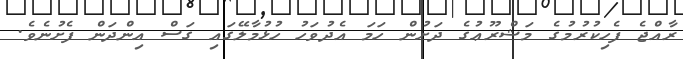
ރާއްޖެ ފެހިކުރުމުގެ މަޝްރޫޢުގެ ދަށުން ހަމަ އެދުވަހު ހުޅުމާލޭގައި ގަސް އިންދަން ފެށުނެވެ.